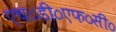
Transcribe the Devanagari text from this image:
एच०डी०एफ०सी०